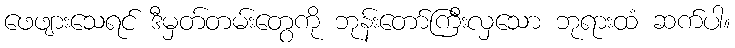
ဖေဖျားသေရင် ဒီမှတ်တမ်းတွေကို ဘုန်းတော်ကြီးလှသော ဘုရားထံ ဆက်ပါ။